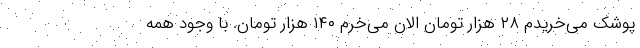
پوشک می‌خریدم ۲۸ هزار تومان الان می‌خرم ۱۴۰ هزار تومان. با وجود همه